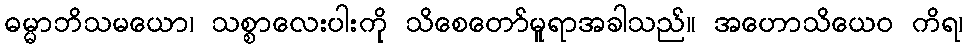
ဓမ္မာဘိသမယော၊ သစ္စာလေးပါးကို သိစေတော်မူရာအခါသည်။ အဟောသိယေဝ ကိရ၊